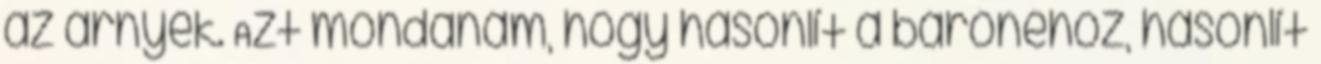
az árnyék. Azt mondanám, hogy hasonlít a bárónéhoz, hasonlít